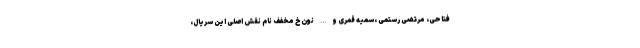
فتاحی، مرتضی رستمی ،سمیه قمری و… نون خ مخفف نام نقش اصلی این سریال،